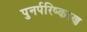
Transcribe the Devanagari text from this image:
पुनर्परिष्करण